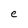
Character: e